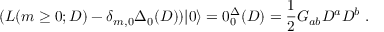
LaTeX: ( L ( m \geq 0 ; D ) - \delta _ { m , 0 } \Delta _ { 0 } ( D ) ) | 0 \rangle = 0 \sp \Delta _ { 0 } ( D ) = \frac { 1 } { 2 } G _ { a b } D ^ { a } D ^ { b } \ .